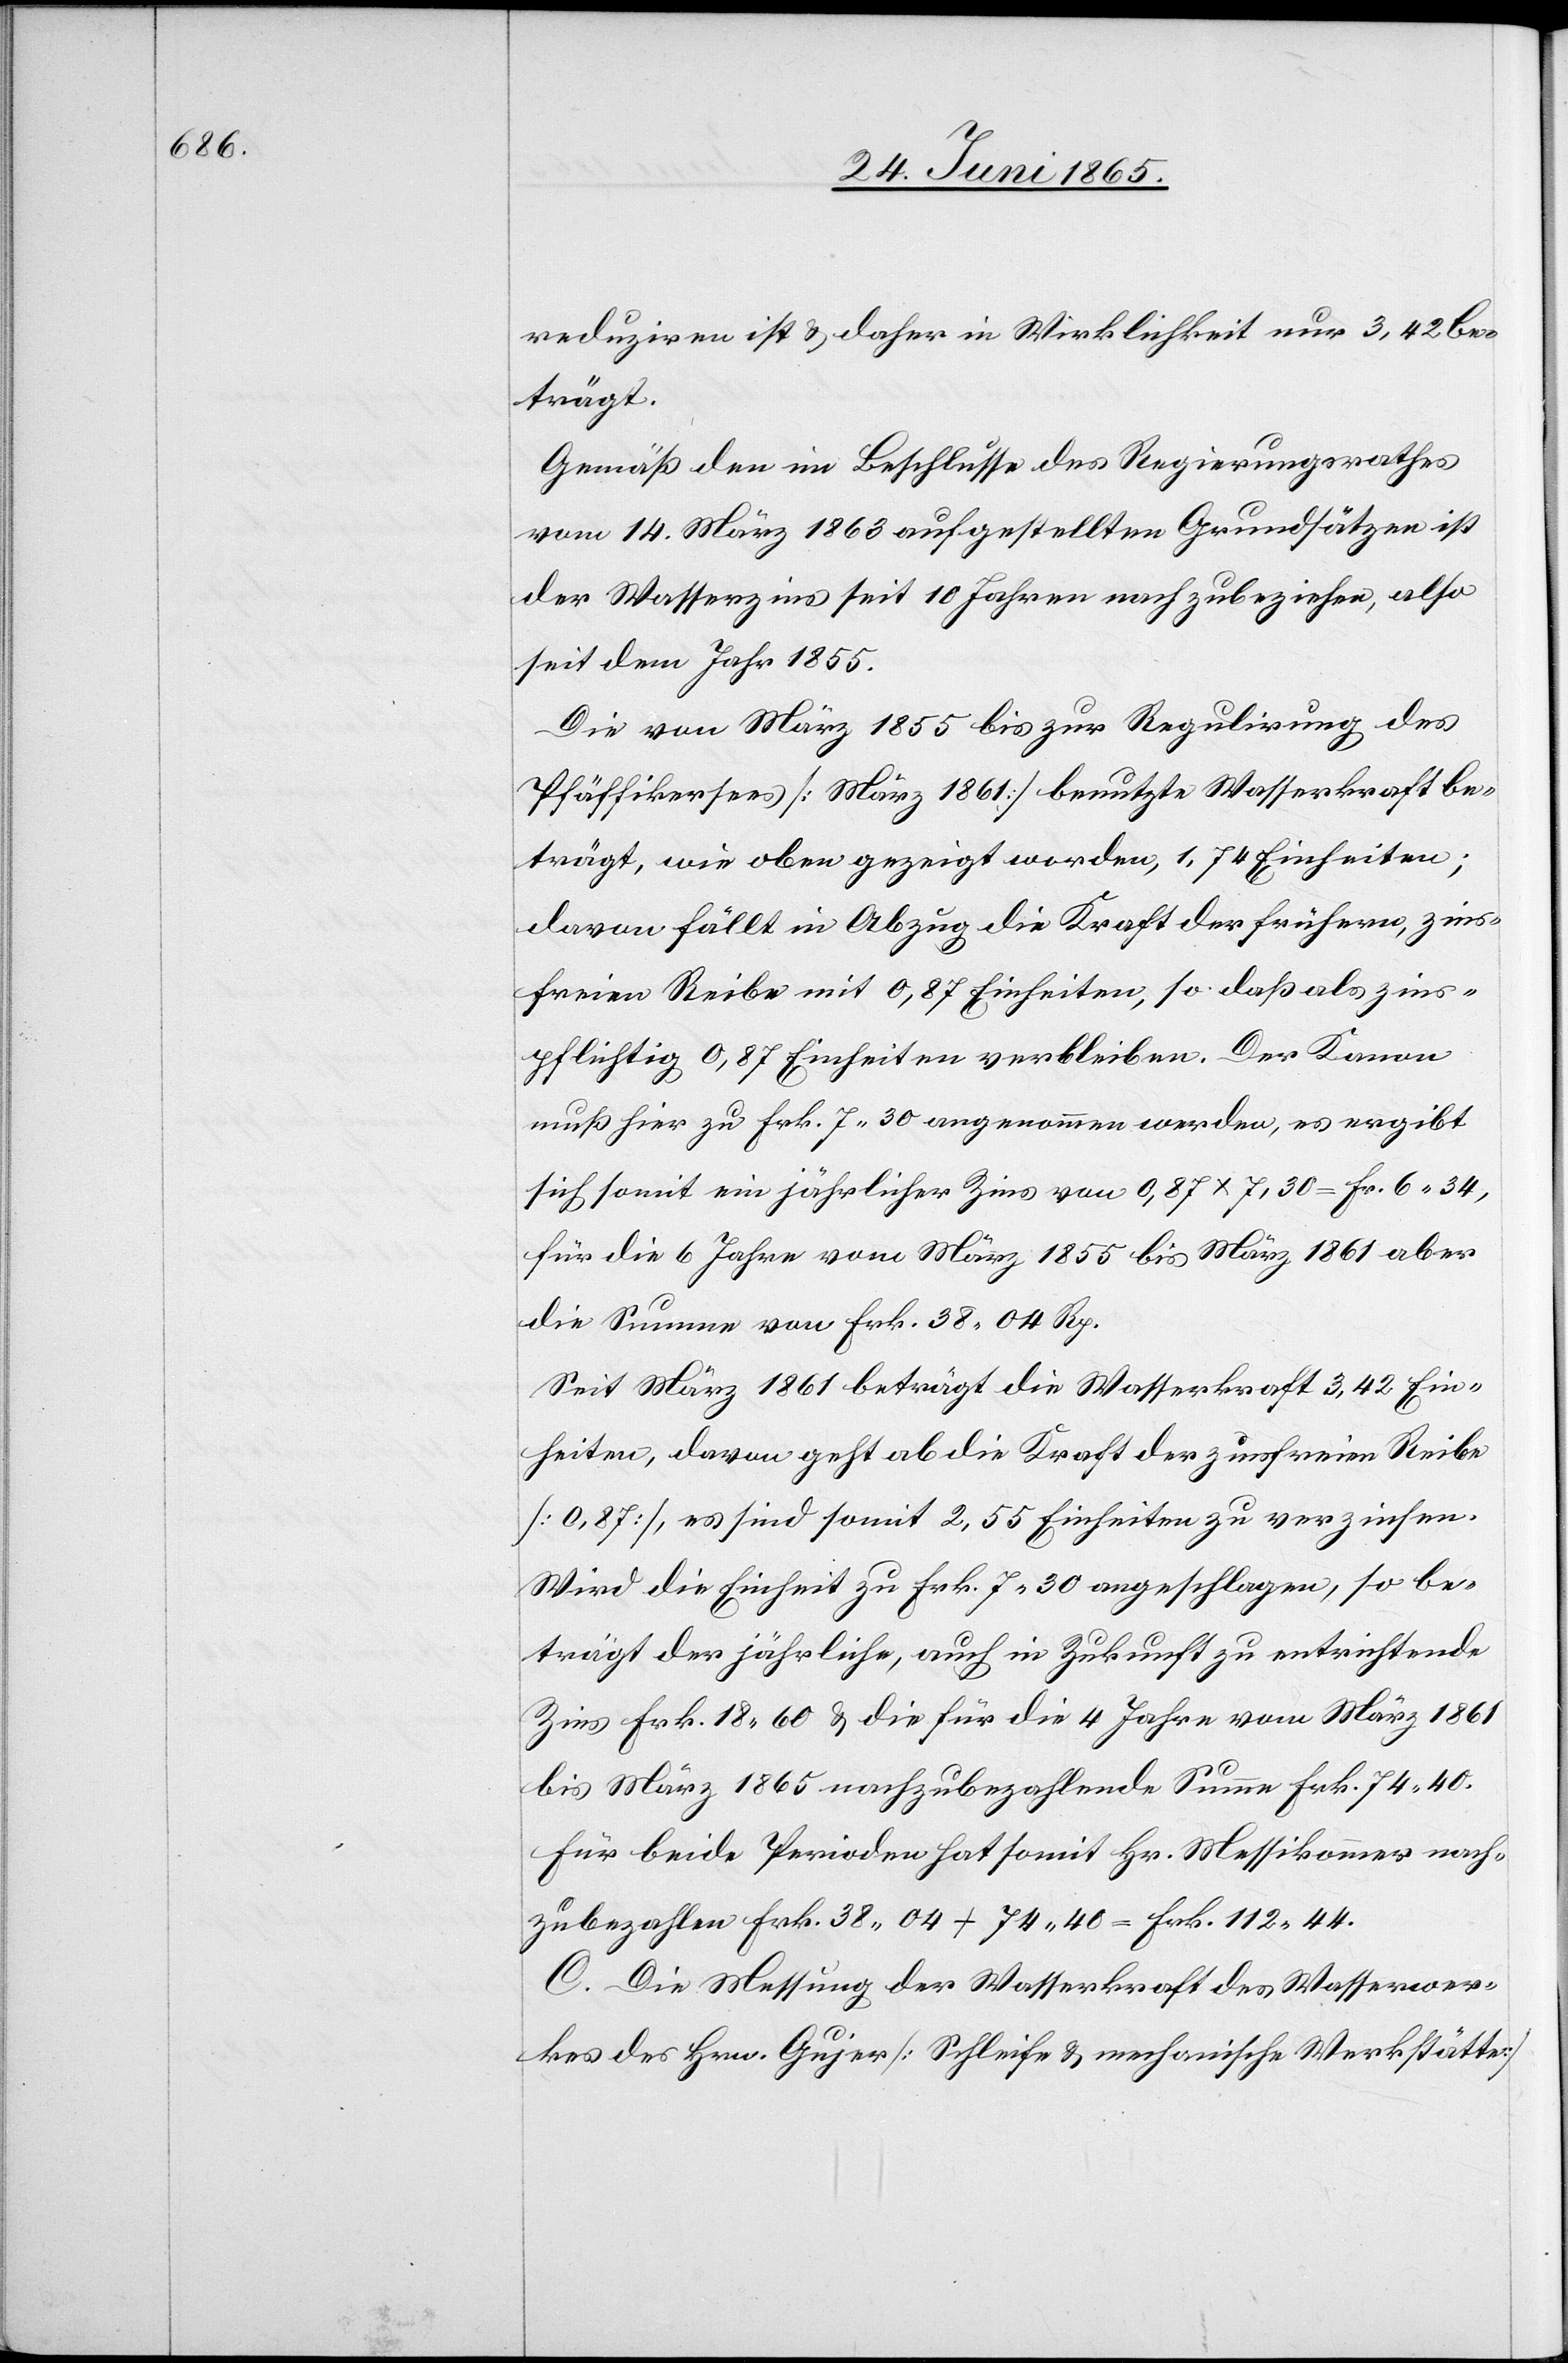
reduziren ist & daher in Wirklichkeit nur 3,42 be¬
trägt.
Gemäß den im Beschlusse des Regierungsrathes
vom 14. März 1863 aufgestellten Grundsätzen ist
der Wasserzins seit 10 Jahren nachzubeziehen, also
seit dem Jahr 1855.
Die von März 1855 bis zur Regulirung des
Pfäffikersees [März 1861] benutzte Wasserkraft be¬
trägt, wie oben gezeigt worden, 1,74 Einheiten;
davon fällt in Abzug die Kraft der frühern, zins¬
freien Reibe mit 0,87 Einheiten, so daß als zins¬
pflichtig 0,87 Einheiten verbleiben. Der Kanon
muß hier zu Frk. 7.30 angenommen werden, es ergibt
sich somit ein jährlicher Zins von 0,87 x 7.30 = Fr. 6.34,
für die 6 Jahre vom März 1855 bis März 1861 aber
die Summe von Frk. 38.04 Rp.
Seit März 1861 beträgt die Wasserkraft 3,42 Ein¬
heiten, davon geht ab die Kraft der zinsfreien Reibe
[0,87], es sind somit 2,55 Einheiten zu verzinsen.
Wird die Einheit zu Frk. 7.30 angeschlagen, so be¬
trägt der jährliche, auch in Zukunft zu entrichtende
Zins Frk. 18.60 & die für die 4 Jahre vom März 1861
bis März 1865 nachzubezahlende Summe Frk. 74.40.
Für beide Perioden hat somit Hr. Messikommer nach¬
zubezahlen Frk. 38.04 + 74.40 = Frk. 112 44.
C. Die Messung der Wasserkraft des Wasserwer¬
kes des Hrn. Gujer [Schleife & mechanische Werkstätte]